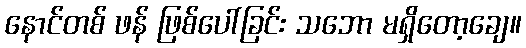
နောင်တစ် ဖန် ဖြစ်ပေါ်ခြင်း သဘော မရှိတော့ချေ။